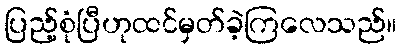
ပြည့်စုံပြီဟုထင်မှတ်ခဲ့ကြလေသည်။